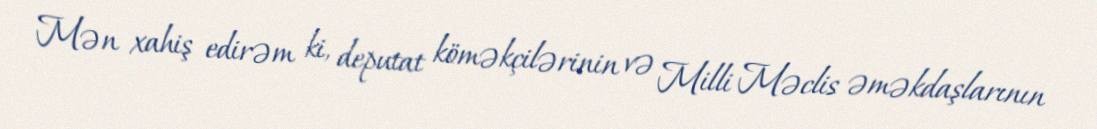
Mən xahiş edirəm ki, deputat köməkçilərinin və Milli Məclis əməkdaşlarının